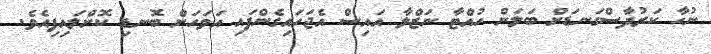
ނުހާ ކަރުދާސްގަނޑަށް ބަލަން ހުއްޓާ ނަޒްލާ އައިސް އެޖަހައިގެންފައި އަވަހަށް ބޮނޑި ކޮށްލައިފިއެވެ.